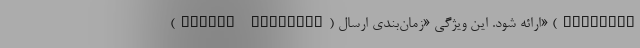
(Google Messages) ارائه شود. این ویژگی «زمان‌بندی ارسال» (Schedule